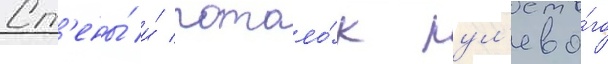
Ст'ены́ и́ потоло́к рул'ево́го